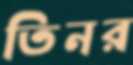
তিনর